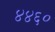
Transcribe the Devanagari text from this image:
४४६०